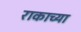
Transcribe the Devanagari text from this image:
राकाच्या